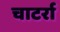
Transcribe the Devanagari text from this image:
चाटर्रा